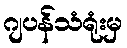
ဂျပန်သံရုံးမှ